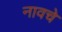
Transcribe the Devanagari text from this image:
नावचे